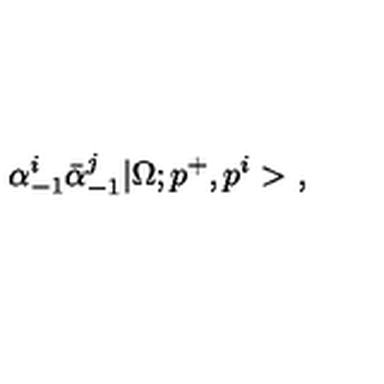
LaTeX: \alpha _ { - 1 } ^ { i } \bar { \alpha } _ { - 1 } ^ { j } | \Omega ; p ^ { + } , p ^ { i } > \ ,